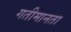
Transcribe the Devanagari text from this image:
गतीमानता